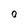
Character: 0